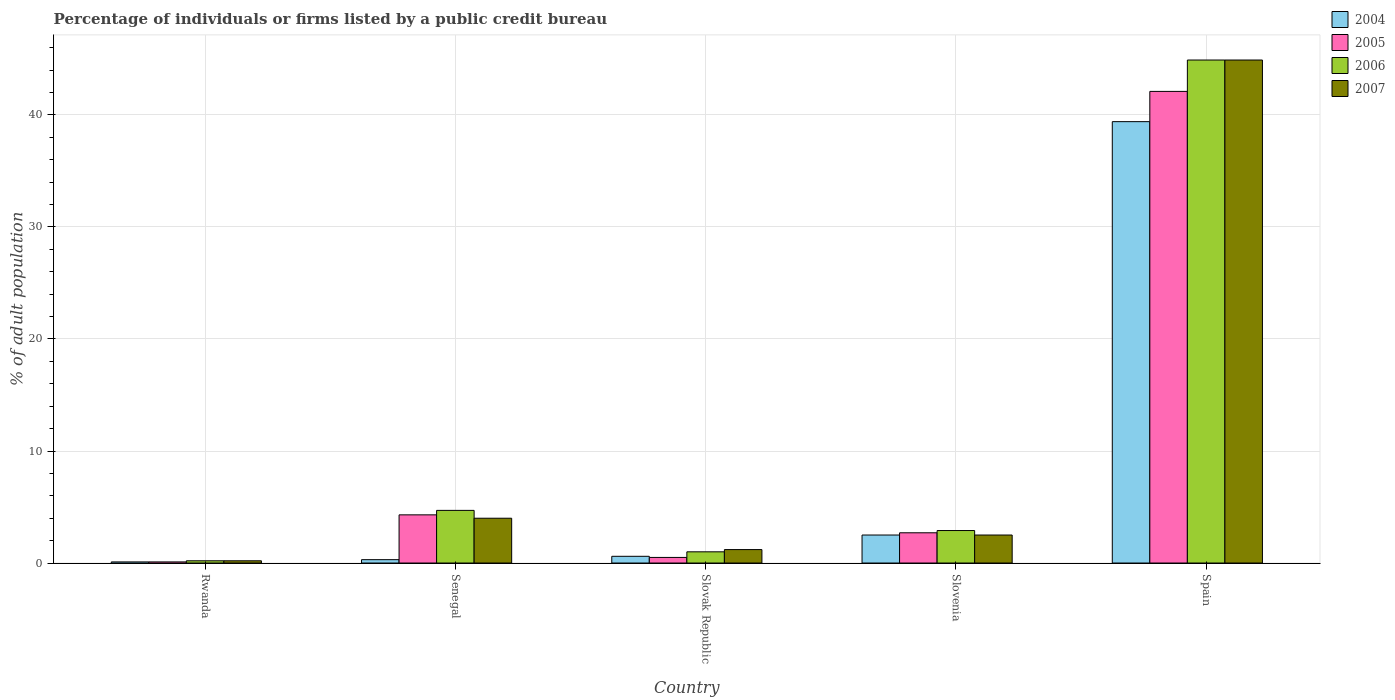
| Country | 2004 | 2005 | 2006 | 2007 |
 | --- | --- | --- | --- | --- |
 | Rwanda | 0.1 | 0.1 | 0.2 | 0.2 |
 | Senegal | 0.3 | 4.3 | 4.7 | 4 |
 | Slovak Republic | 0.6 | 0.5 | 1 | 1.2 |
 | Slovenia | 2.5 | 2.7 | 2.9 | 2.5 |
 | Spain | 39.4 | 42.1 | 44.9 | 44.9 |